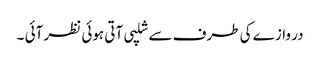
در وازے کی طرف سے شلپی آتی ہوئی نظر آئی ۔